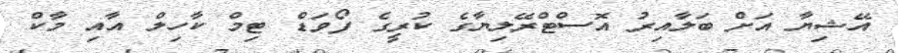
އޭޝިޔާ އަށް ބަލާއިރު އޮސްޓްރޭލިޔާގެ ކުރީގެ ފޯވަޑް ޓިމް ކާހިލް އާއި މާކް